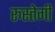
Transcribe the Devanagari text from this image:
रूस्तेगी